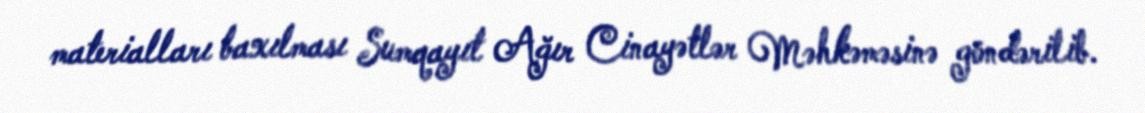
materialları baxılması Sumqayıt Ağır Cinayətlər Məhkəməsinə göndərilib.